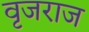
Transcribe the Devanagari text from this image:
वृजराज